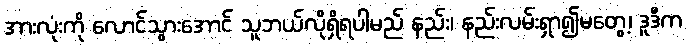
အားလုံးကို လောင်သွားအောင် သူဘယ်လိုရှိရပါမည် နည်း၊ နည်းလမ်းရှာ၍မတွေ့၊ ဒူဒီက